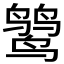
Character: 𪉓